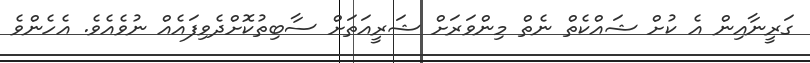
ގަރީނާއިން އެ ކުށް ޝައްކެތް ނެތް މިންވަރަށް ޝަރީއަތަށް ސާބިތުކޮށްދެވިފައެއް ނުވެއެވެ. އެހެންވެ